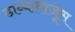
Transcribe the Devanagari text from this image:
डाव्याबाजूस